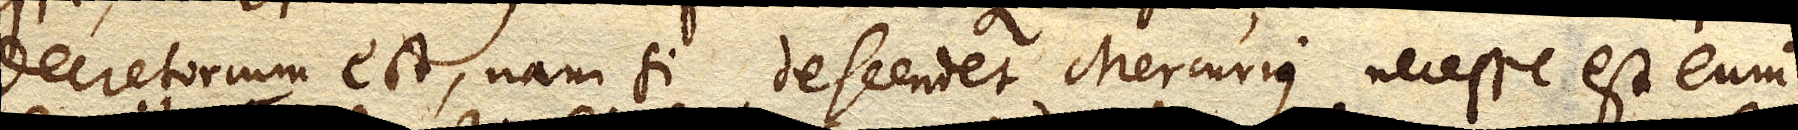
decretorium est, nam si descendet Mercurius necesse est eum